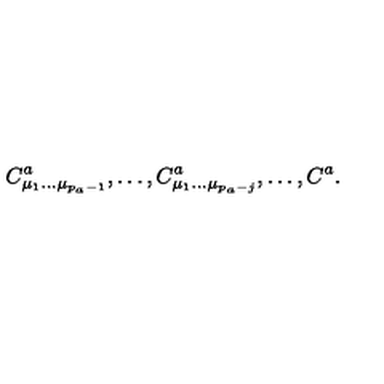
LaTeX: C _ { \mu _ { 1 } \ldots \mu _ { p _ { a } - 1 } } ^ { a } , \ldots , C _ { \mu _ { 1 } \ldots \mu _ { p _ { a } - j } } ^ { a } , \ldots , C ^ { a } .